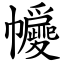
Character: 㡪